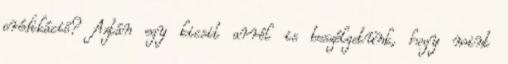
prédikáció? Aztán egy kicsit arról is beszélgetünk, hogy mint